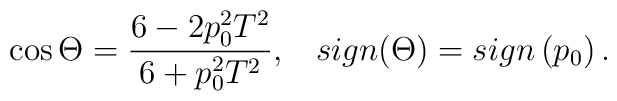
\cos \Theta =\frac{6-2p_0^2T^2}{6+p_0^2T^2},\;\;\;sign(\Theta )=sign\left(p_0\right) .